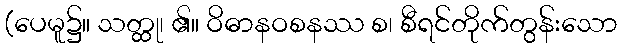
(ပေမူ၌။ သတ္ထု၊ ၏။ ဝိဓာနဝစနဿ စ၊ စီရင်တိုက်တွန်းသော